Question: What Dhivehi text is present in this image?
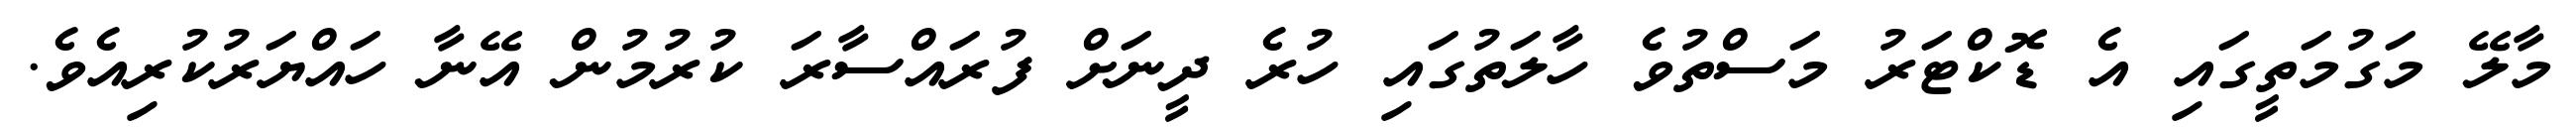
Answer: މާލޭ މަގުމަތީގައި އެ ޑޮކްޓަރު މަސްތުވެ ހާލަތުގައި ހުރެ ދީނަށް ފުރައްސާރަ ކުރުމުން އޭނާ ހައްޔަރުކުރިއެވެ.